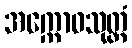
အက္ကောဓသုတ္တံ